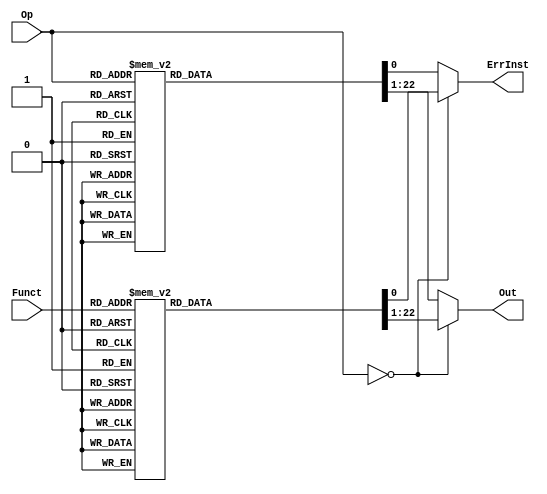
module _Control(Op, Funct, Out, ErrInst);
	input [5:0] Op, Funct;
	output [21:0] Out;
	output ErrInst;
	
	reg [21:0] Out;
	reg ErrInst;
	
	always @(*)
		begin
		if(Op==6'b0)
			begin
			case(Funct)
				6'b100000:{Out, ErrInst}=23'b000000_x_000_0_1_x_00_00_00_0_0_1_0;
				6'b100001:{Out, ErrInst}=23'b000000_x_000_0_1_x_00_00_00_0_0_0_0;
				6'b100010:{Out, ErrInst}=23'b000001_x_000_0_1_x_00_00_00_0_0_1_0;
				6'b100011:{Out, ErrInst}=23'b000001_x_000_0_1_x_00_00_00_0_0_0_0;
				6'b100100:{Out, ErrInst}=23'b011000_x_000_0_1_x_00_00_00_0_0_x_0;
				6'b100101:{Out, ErrInst}=23'b011110_x_000_0_1_x_00_00_00_0_0_x_0;
				6'b100110:{Out, ErrInst}=23'b010110_x_000_0_1_x_00_00_00_0_0_x_0;
				6'b100111:{Out, ErrInst}=23'b010001_x_000_0_1_x_00_00_00_0_0_x_0;
				6'b000000:{Out, ErrInst}=23'b100000_x_001_0_1_x_00_00_00_0_0_x_0;
				6'b000010:{Out, ErrInst}=23'b100001_x_001_0_1_x_00_00_00_0_0_x_0;
				6'b000011:{Out, ErrInst}=23'b100011_x_001_0_1_x_00_00_00_0_0_x_0;
				6'b101010:{Out, ErrInst}=23'b110101_1_000_0_1_x_00_00_00_0_0_x_0;
				6'b001000:{Out, ErrInst}=23'b000000_x_000_x_0_x_11_xx_xx_0_0_x_0;
				6'b001001:{Out, ErrInst}=23'b000000_x_000_x_1_x_11_10_10_0_0_x_0;
				default:{Out, ErrInst}=23'bxxxxxx_x_xxx_x_x_x_xx_xx_xx_x_x_x_1;
			endcase
			end
		else
			begin
			case(Op)
				6'b100011:{Out, ErrInst}=23'b000000_x_000_1_1_1_00_01_01_0_1_x_0;
				6'b101011:{Out, ErrInst}=23'b000000_x_000_1_0_1_00_xx_xx_1_0_x_0;
				6'b001111:{Out, ErrInst}=23'b100000_x_010_1_1_x_00_01_00_0_0_x_0;
				6'b001000:{Out, ErrInst}=23'b000000_x_000_1_1_1_00_01_00_0_0_1_0;
				6'b001001:{Out, ErrInst}=23'b000000_x_000_1_1_1_00_01_00_0_0_x_0;
				6'b001100:{Out, ErrInst}=23'b011000_x_000_1_1_0_00_01_00_0_0_x_0;
				6'b001010:{Out, ErrInst}=23'b000001_1_000_1_1_1_00_01_00_0_0_x_0;
				6'b001011:{Out, ErrInst}=23'b000001_0_000_1_1_0_00_01_00_0_0_x_0;
				6'b000100:{Out, ErrInst}=23'b000001_1_000_0_0_1_01_xx_xx_0_0_x_0;
				6'b000101:{Out, ErrInst}=23'b000001_1_000_0_0_1_01_xx_xx_0_0_x_0;
				6'b000110:{Out, ErrInst}=23'b000001_1_000_0_0_1_01_xx_xx_0_0_x_0;
				6'b000111:{Out, ErrInst}=23'b000001_1_000_0_0_1_01_xx_xx_0_0_x_0;
				6'b000001:{Out, ErrInst}=23'b000001_1_000_0_0_1_01_xx_xx_0_0_x_0;
				6'b000010:{Out, ErrInst}=23'b000000_x_000_x_0_x_10_xx_xx_0_0_x_0;
				6'b000011:{Out, ErrInst}=23'b000000_x_000_x_1_x_10_10_10_0_0_x_0;
				6'b010100:{Out, ErrInst}=23'b011010_x_011_x_1_x_00_01_00_0_0_x_0;
				6'b010101:{Out, ErrInst}=23'b011010_x_100_x_1_x_00_01_00_0_0_x_0;
				default:{Out, ErrInst}=23'bxxxxxx_x_xxx_x_x_x_xx_xx_xx_x_x_x_1;
			endcase
			end
		end
	
endmodule